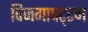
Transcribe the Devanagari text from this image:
विजगापट्‌टम